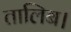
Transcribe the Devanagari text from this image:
तालिब।